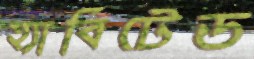
হ্যাবিটেড